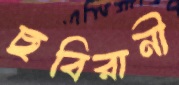
ছবিরানী